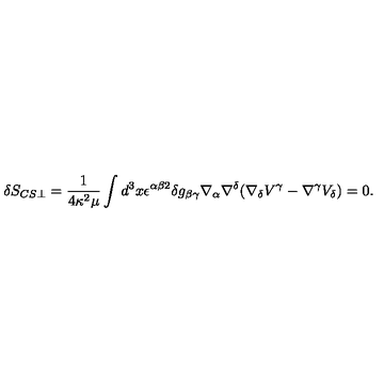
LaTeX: \delta S _ { C S \perp } = \frac { 1 } { 4 \kappa ^ { 2 } \mu } \int d ^ { 3 } x \epsilon ^ { \alpha \beta 2 } \delta g _ { \beta \gamma } \nabla _ { \alpha } \nabla ^ { \delta } ( \nabla _ { \delta } V ^ { \gamma } - \nabla ^ { \gamma } V _ { \delta } ) = 0 .